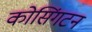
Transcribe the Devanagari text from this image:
कोसिंगटन